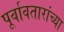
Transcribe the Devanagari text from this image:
पूर्वावतारांच्या